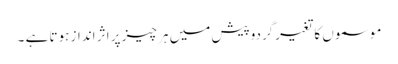
موسموں کا تغیرگردوپیش میں ہر چیز پر اثر انداز ہوتا ہے ۔